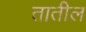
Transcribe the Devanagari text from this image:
तातील